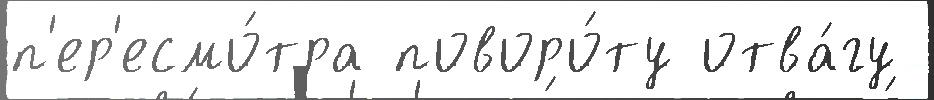
п'ер'есмо́тра поворо́ту отва́гу